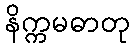
နိက္ကမဓာတု